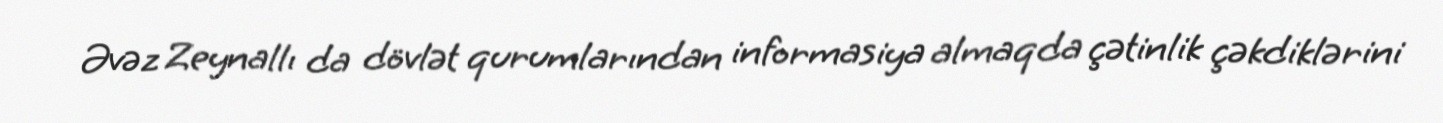
Əvəz Zeynallı da dövlət qurumlarından informasiya almaqda çətinlik çəkdiklərini